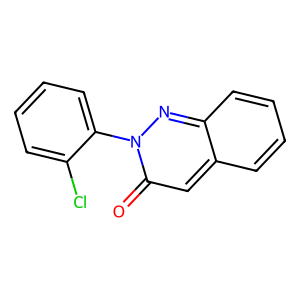
SMILES: O=c1cc2ccccc2nn1-c1ccccc1Cl
Inhibits HIV replication: No